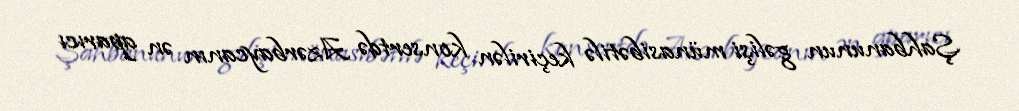
Şahbanunun gəlişi münasibətilə keçirilən konsertdə Azərbaycanın ən aparıcı